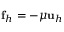
\mathbf f _ { h } = - \mu \mathbf u _ { h }